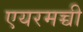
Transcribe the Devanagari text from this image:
एयरमच्ची